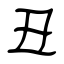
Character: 丑